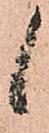
候